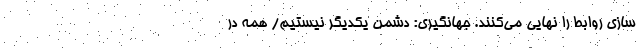
سازی روابط را نهایی می‌کنند. جهانگیری: دشمن يكديگر نيستيم/ همه در